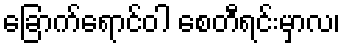
ခြောက်ရောင်ဝါ စေတီရင်းမှာလ၊